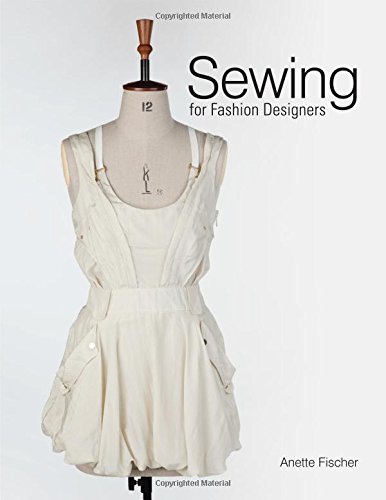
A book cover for Sewing for Fashion Designers; Anette Fischer; Arts & Photography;